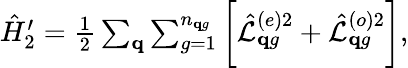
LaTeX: \begin{array}{r}{\hat{H}_{2}^{\prime}=\frac{1}{2}\sum_{\mathbf q}\sum_{g=1}^{n_{\mathbf qg}}\bigg[\hat{\mathcal L}_{\mathbf{q}g}^{(e)2}+\hat{\mathcal L}_{\mathbf{q}g}^{(o)2}\bigg],}\end{array}